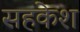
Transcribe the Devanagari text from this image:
सहकेश